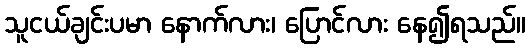
သူငယ်ချင်းပမာ နောက်လား၊ ပြောင်လား နေ၍ရသည်။